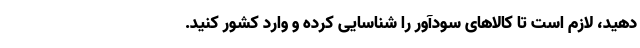
دهید، لازم است تا کالاهای سودآور را شناسایی کرده و وارد کشور کنید.